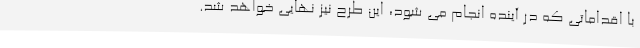
با اقداماتی که در آینده انجام می شود، این طرح نیز نهایی خواهد شد.